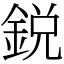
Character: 鋭